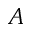
A